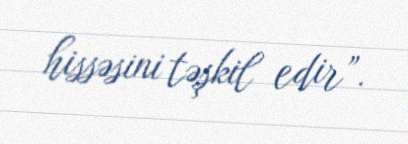
hissəsini təşkil edir”.